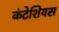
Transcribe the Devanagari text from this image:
कंटेशियस